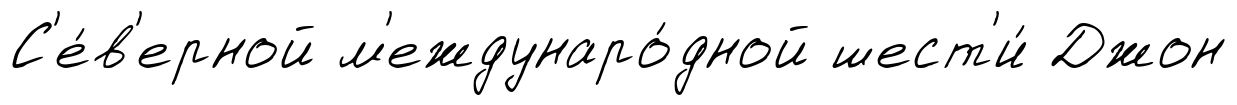
С'е́в'ерной м'еждунаро́дной шест'и́ Джон